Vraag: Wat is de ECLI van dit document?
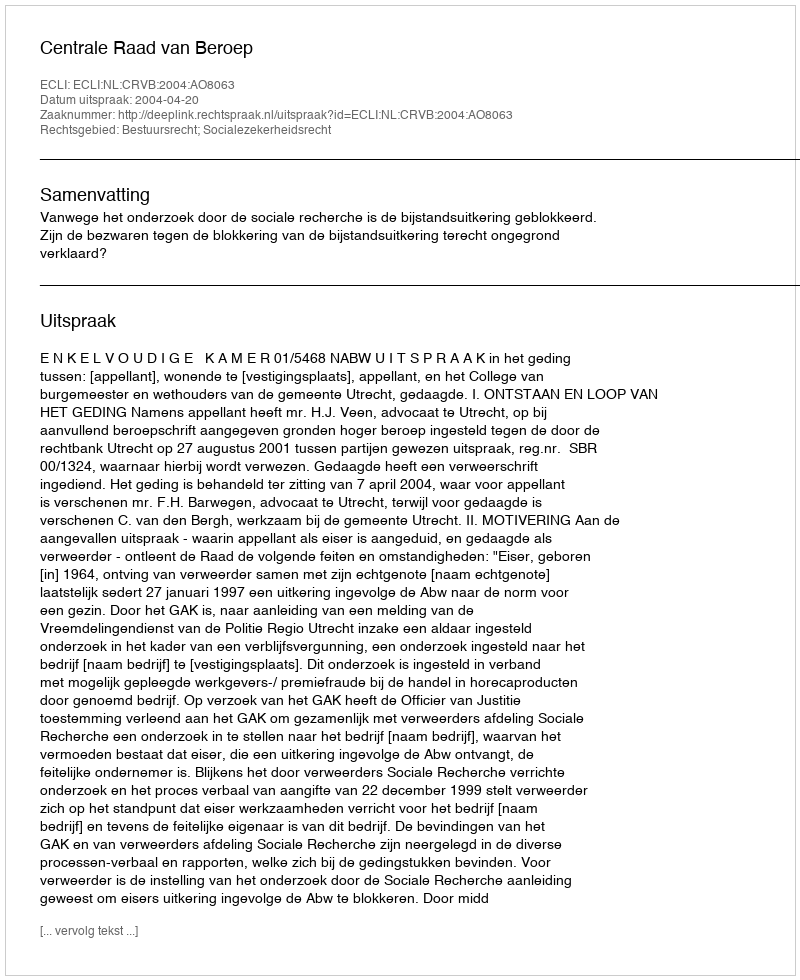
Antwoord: ECLI:NL:CRVB:2004:AO8063